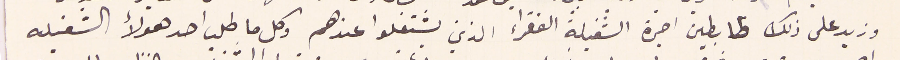
وزيد على ذلك ظابطين اجرة الشغيلة الفقراء الذين يشتغلوا عندهم وكل ما طلب احد هؤلاء الشغيله